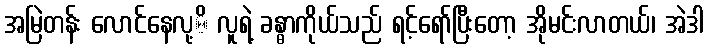
အမြဲတန်း လောင်နေလု့ိ လူရဲ့ ခန္ဓာကိုယ်သည် ရင့်ရော်ပြီးတော့ အိုမင်းလာတယ်၊ အဲဒါ